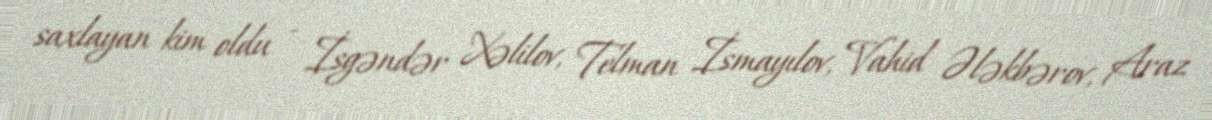
saxlayan kim oldu - İsgəndər Xəlilov, Telman İsmayılov, Vahid Ələkbərov, Araz